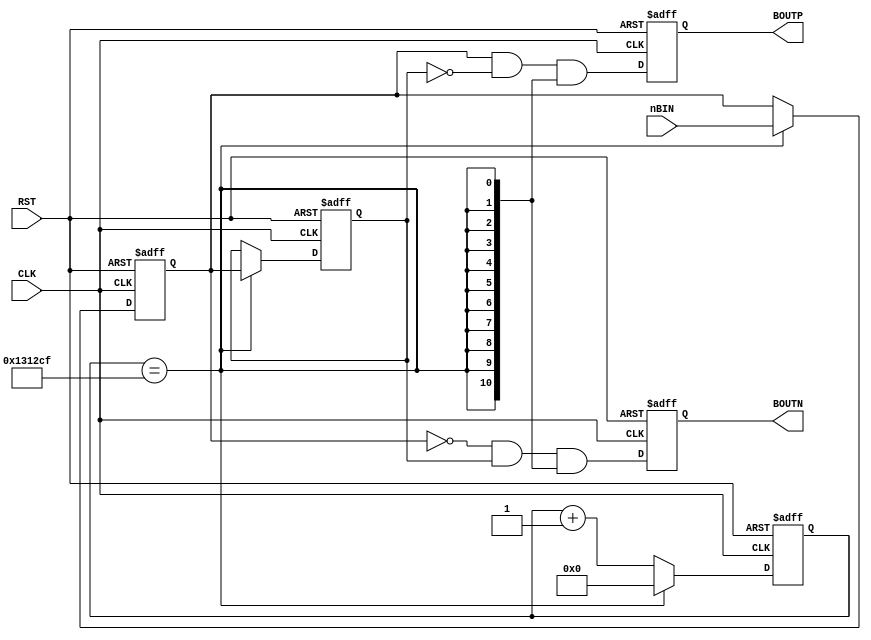
module BTN_IN (
    input CLK, RST,
    input [10:0] nBIN,
    output reg [10:0] BOUTN, BOUTP
);

/* 50MHz125000040Hz */
/* en40hz140Hz */
reg [20:0] cnt;

wire en40hz = (cnt==1250000 - 1);

always @(posedge CLK or posedge RST) begin
    if (RST) begin
        cnt <= 21'b0;
    end
    else if (en40hz) begin
        cnt <= 21'b0;
    end
    else begin
        cnt <= cnt + 21'b1;
    end
end

/* FF2 */
reg [10:0] ff1, ff2;

always @(posedge CLK or posedge RST) begin
    if (RST) begin
        ff2 <= 11'b0;
        ff1 <= 11'b0;
    end
    else if (en40hz) begin
        ff2 <= ff1;
        ff1 <= nBIN;
    end
end

wire [10:0] tempN = ~ff1 & ff2 & {11{en40hz}};      // 
wire [10:0] tempP = ff1 & ~ff2 & {11{en40hz}};      // 

/* FF */
always @(posedge CLK or posedge RST) begin
    if (RST) begin
        BOUTN <= 11'b0;
        BOUTP <= 11'b0;
    end
    else begin
        BOUTN <= tempN;
        BOUTP <= tempP;
    end
end
    
endmodule